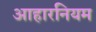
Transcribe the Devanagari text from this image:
आहारनियम